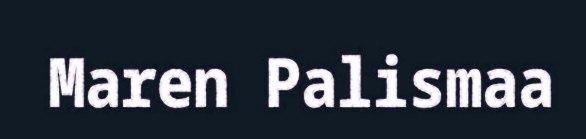
Maren Palismaa